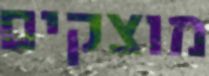
מוצקים